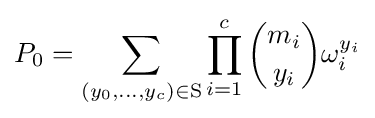
P_{0}=\sum _{(y_{0},\ldots ,y_{c})\in \mathrm {S} }\prod _{i=1}^{c}{\binom {m_{i}}{y_{i}}}\omega _{i}^{y_{i}}